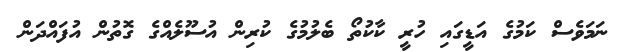
ނަމަވެސް ކަމުގެ އަޑީގައި ހުރީ ކާކުތޯ ބެލުމުގެ ކުރިން އުސޫލެއްގެ ގޮތުން އުފައްދަން